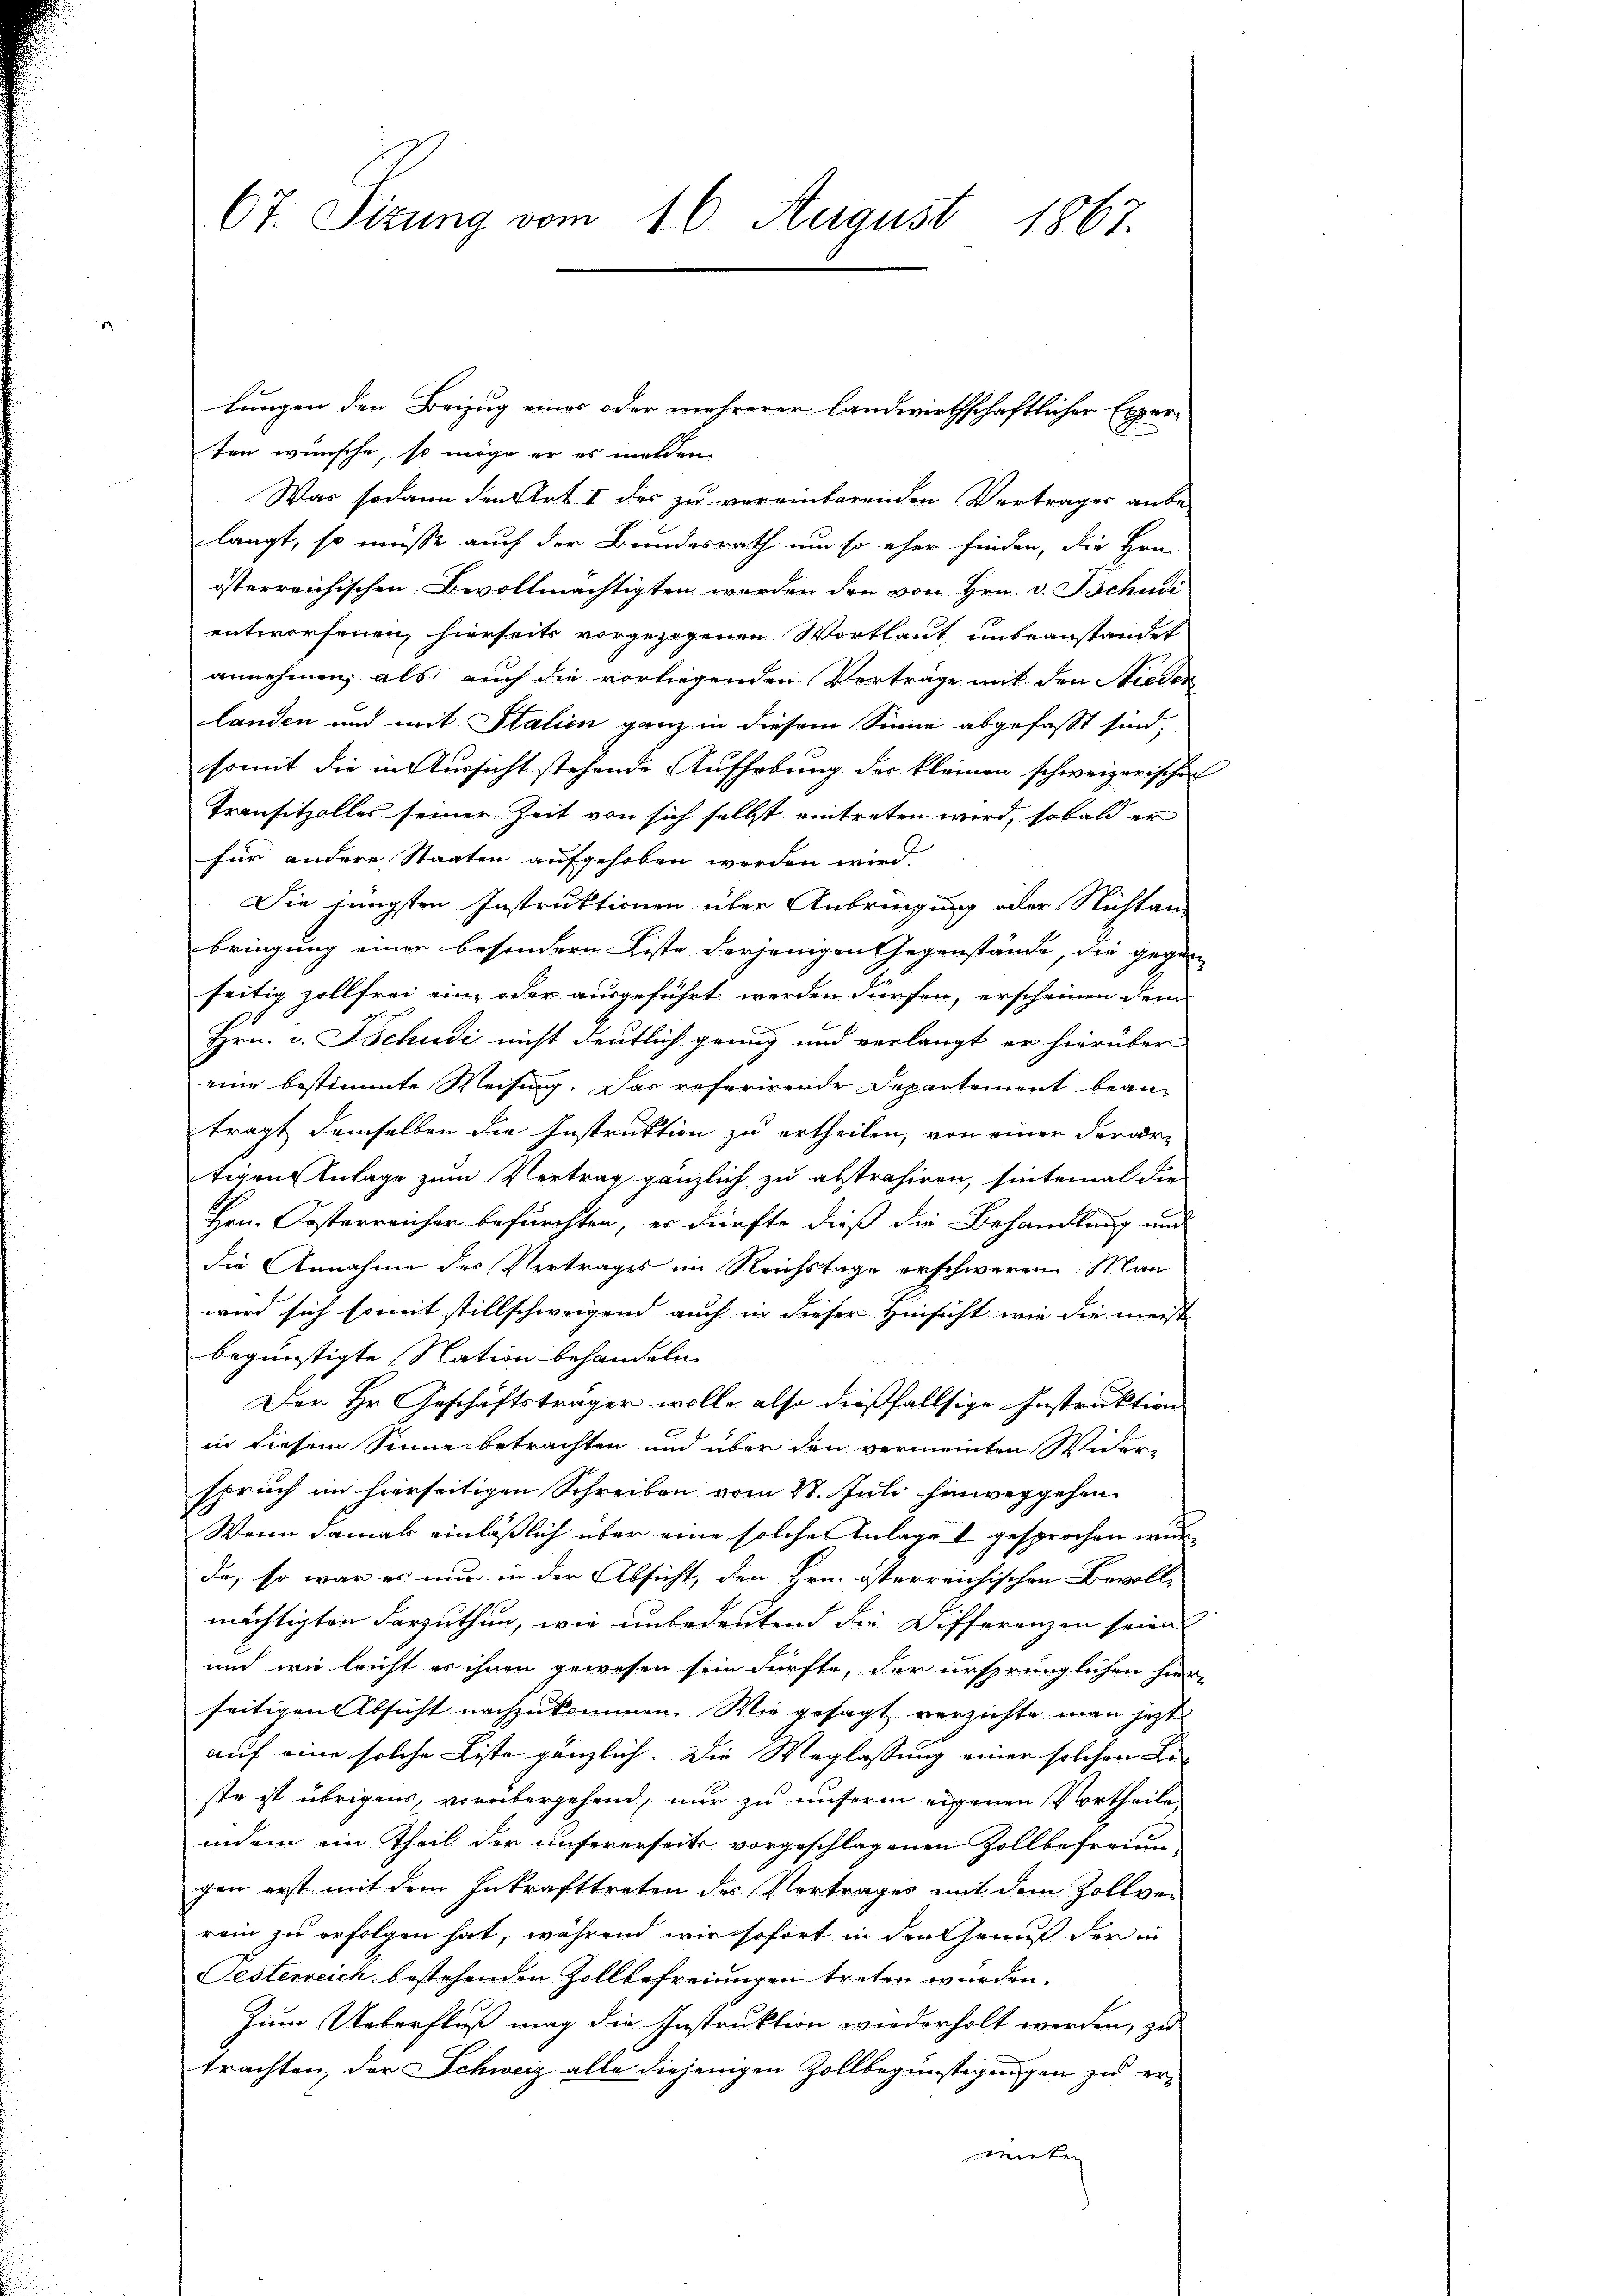
67. Sitzung vom 16. August 1867.

lungen den Beizug einer oder mehrerer landwirthschaftlicher Experten wünsche, so möge er er melden
Was sodann den Art. I des zu vereinbarenden Vertrages anbe-
langt, so müsse auch der Bundesrath um so eher finden, die Hrn.
österreichischen Bevollmächtigten werden den von Hrn. v. Tschudi
entworfenen hierseits vorgezogenen Wortlaut unbeanstandet
annehmen; als auch die vorliegenden Verträge mit den Nieden
landen und mit Italien ganz in diesem Sinne abgefasst sind,
somit die in Aussicht stehende Aufhebung der kleinen schweizerischen
Transitzolles seiner Zeit von sich selbst eintreten wird, sobald er
für andere Staaten aufgehoben werden wird
Die jüngsten Instruktionen über Anbringung oder Nichtan-
bringung einer besondern Liste derjenigen Gegenstände, die gegen
seitig zollfrei eine oder ausgeführt werden dürfen, erscheinen dem
Hrn. v. Tschudi nicht deutlich genug und verlangt er hierüber
eine bestimmte Weisung. Das referirende Departement beanträgt demselben die Instruktion zu ertheilen, von einer derar-
tigen Anlage zum Vertrag gänzlich zu abstrahiren, sintemal die
Hrn. Kosterreicher befürchten, er dürfte dieß die Behandlung und
die Annahme des Vertrages im Reichstage erschweren Man
wird sich somit stillschweigend auch in dieser Hinsicht wie die meist
begünstigte Nation behandeln.
Der Hr. Geschäftsträger wolle also dießfallsige Instruktion
in diesem Sinne betrachten und über den vermeinten Widerspruch im hierseitigen Schreiben vom 21. Juli hinweggehen
Wenn damals einläßlich über eine solche Anlage I gesprochen wurda, so war es nur in der Absicht, den Hrn. österreichischen Bevolle
mächtigten darzuthun, wie unbedeutend die Differenzen seine
und wie leicht es ihnen gewesen sein dürfte, der ursprünglichen hier-
seitigen Absicht nachzukommen. Wie gesagt verzichte man jetzt
auf eine solche Liste gänzlich. Die Weglassung einer solchen Le-
sto ist übrigens, vorübergehend, nur zu unserm eigenen Vortheile
indem ein Theil der unsererseits vorgeschlagenen Zollbeferien-
gen erst mit dem Inkrafttreten des Vertrages mit dem Zollver
rein zu erfolgen hat, während wir sofort in den Genuß der in
Sesterweich bestehenden Zollbefreiungen treten wurden.
Zum Ueberfluß mag die Instruktion wiederholt werden, zu
trachten, der Schweiz alle diejenigen Zollbegünstigungen zu er¬
Mieten